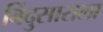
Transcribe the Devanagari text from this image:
बिंदुसाराला